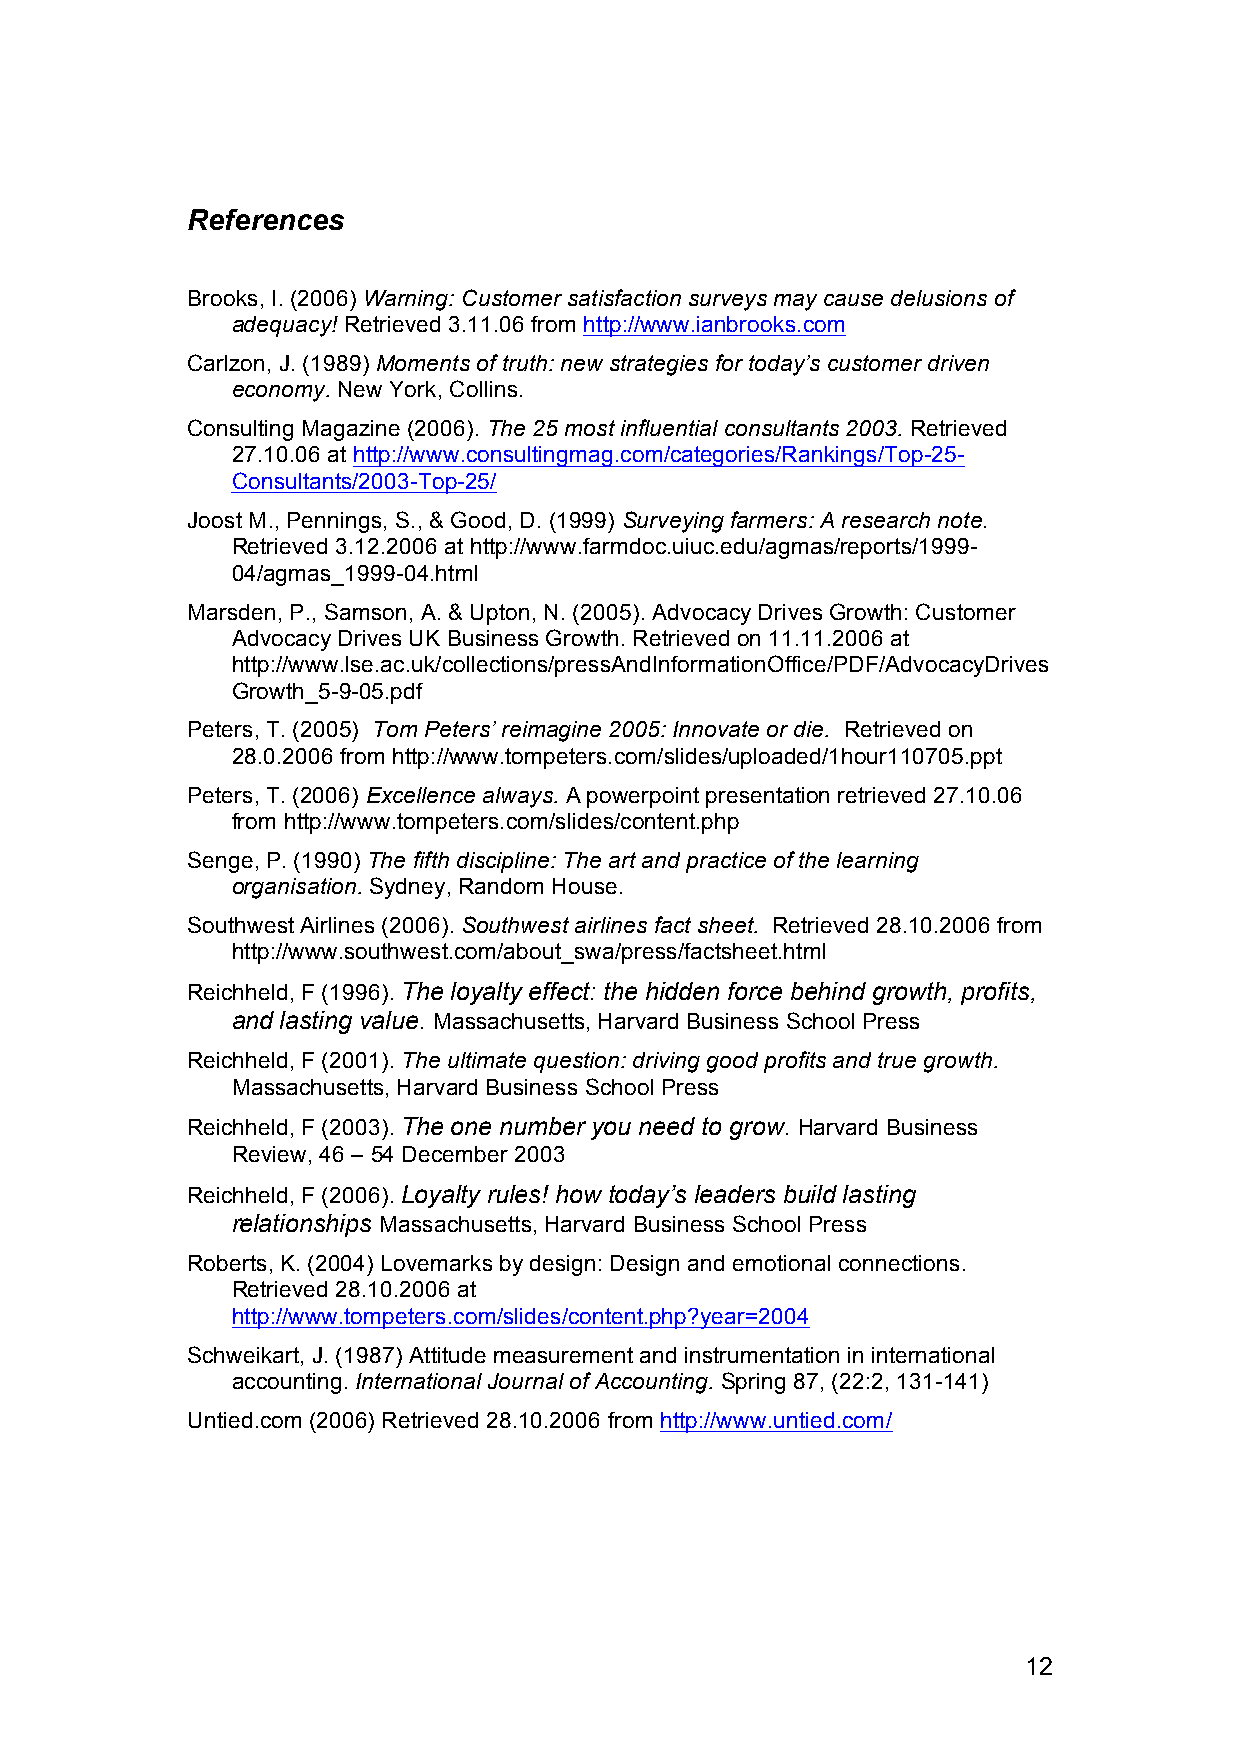
References
 Brooks, I. (2006) Warning: Customer satisfaction surveys may cause delusions of
 adequacy! Retrieved 3.11.06 from http://www.ianbrooks.com
 Carlzon, J. (1989) Moments of truth: new strategies for today’s customer driven
 economy. New York, Collins.
 Consulting Magazine (2006). The 25 most influential consultants 2003. Retrieved
 27.10.06 at http://www.consultingmag.com/categories/Rankings/Top-25-
 Consultants/2003-Top-25/
 Joost M., Pennings, S., & Good, D. (1999) Surveying farmers: A research note.
 Retrieved 3.12.2006 at http://www.farmdoc.uiuc.edu/agmas/reports/1999-
 04/agmas_1999-04.html
 Marsden, P., Samson, A. & Upton, N. (2005). Advocacy Drives Growth: Customer
 Advocacy Drives UK Business Growth. Retrieved on 11.11.2006 at
 http://www.lse.ac.uk/collections/pressAndInformationOffice/PDF/AdvocacyDrives
 Growth_5-9-05.pdf
 Peters, T. (2005) Tom Peters’ reimagine 2005: Innovate or die. Retrieved on
 28.0.2006 from http://www.tompeters.com/slides/uploaded/1hour110705.ppt
 Peters, T. (2006) Excellence always. A powerpoint presentation retrieved 27.10.06
 from http://www.tompeters.com/slides/content.php
 Senge, P. (1990) The fifth discipline: The art and practice of the learning
 organisation. Sydney, Random House.
 Southwest Airlines (2006). Southwest airlines fact sheet. Retrieved 28.10.2006 from
 http://www.southwest.com/about_swa/press/factsheet.html
 Reichheld, F (1996). The loyalty effect: the hidden force behind growth, profits,
 and lasting value. Massachusetts, Harvard Business School Press
 Reichheld, F (2001). The ultimate question: driving good profits and true growth.
 Massachusetts, Harvard Business School Press
 Reichheld, F (2003). The one number you need to grow. Harvard Business
 Review, 46 – 54 December 2003
 Reichheld, F (2006). Loyalty rules! how today’s leaders build lasting
 relationships Massachusetts, Harvard Business School Press
 Roberts, K. (2004) Lovemarks by design: Design and emotional connections.
 Retrieved 28.10.2006 at
 http://www.tompeters.com/slides/content.php?year=2004
 Schweikart, J. (1987) Attitude measurement and instrumentation in international
 accounting. International Journal of Accounting. Spring 87, (22:2, 131-141)
 Untied.com (2006) Retrieved 28.10.2006 from http://www.untied.com/
 12